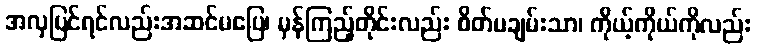
အလှပြင်ရင်လည်းအဆင်မပြေ၊ မှန်ကြည့်တိုင်းလည်း စိတ်မချမ်းသာ၊ ကိုယ့်ကိုယ်ကိုလည်း